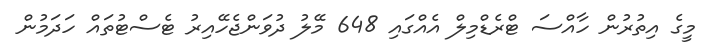
މީގެ އިތުރުން ހާއްސަ ޓްރެޑްމިލް އެއްގައި 648 މޭލު ދުވަންޖެހޭއިރު ޓެސްޓުތައް ހަދަމުން